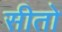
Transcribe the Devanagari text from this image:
सीतो